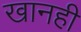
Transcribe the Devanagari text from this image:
खानही